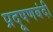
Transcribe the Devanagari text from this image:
प्रदूषणबंदी